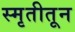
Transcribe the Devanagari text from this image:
स्मृतीतून